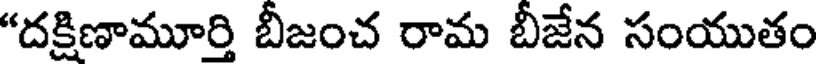
"దక్షిణామూర్తి బీజంచ రామ బీజేన సంయుతం